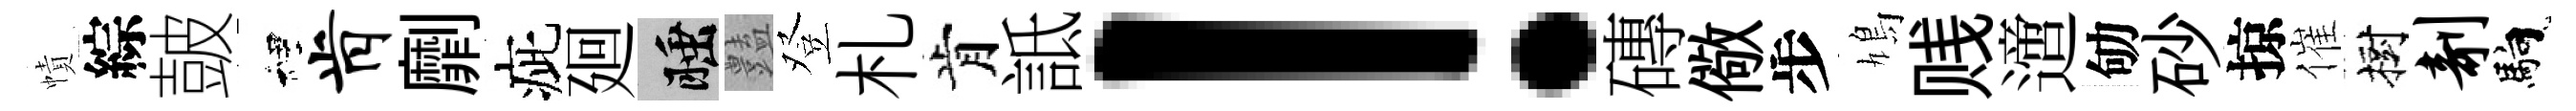
幘綜皷裡肯劘疵廻睡𧰟登札肯詆！磚儆步鳩贱𨗁劬砂掠催樹剞馿